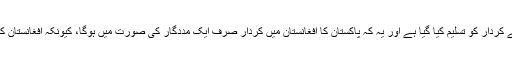
حنا ربانی کھر کا کہنا تھا کہ افغانستان میں امن و استحکام کے لیے پاکستان کے کردار کو تسلیم کیا گیا ہے اور یہ کہ پاکستان کا افغانستان میں کردار صرف ایک مددگار کی صورت میں ہوگا، کیونکہ افغانستان کے اندرونی معاملات میں مداخلت خطے کے کسی بھی ملک کے مفاد میں نہیں۔